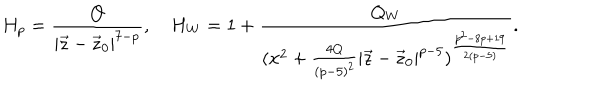
H _ { p } = { \frac { Q } { | \vec { z } - \vec { z } _ { 0 } | ^ { 7 - p } } } , H _ { W } = 1 + { \frac { Q _ { W } } { ( x ^ { 2 } + { \frac { 4 Q } { ( p - 5 ) ^ { 2 } } } | \vec { z } - \vec { z } _ { 0 } | ^ { p - 5 } ) ^ { \frac { p ^ { 2 } - 8 p + 1 9 } { 2 ( p - 5 ) } } } } .